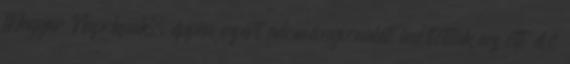
Magyar Napoknak, éppen ezért adományvonalat indítottak az ott élő